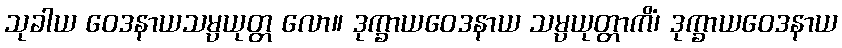
သုခါယ ဝေဒနာယသမ္ပယုတ္တ လော။ ဒုက္ခာယဝေဒနာယ သမ္ပယုတ္တာကိံ၊ ဒုက္ခာယဝေဒနာယ